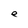
Character: e